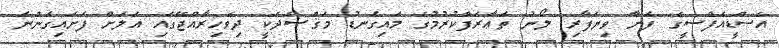
އެސްޑީއެފްސީގެ 'ފަށާ ވިޔަފާރި' ލޯނު ތަޢާރަފްކުރުމުގެ މައިގަނޑު މަޤްޞަދަކީ ދިވެހިރާއްޖޭގައި އަލަށް ފަށައިގަންނަ